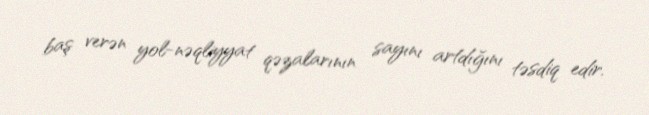
baş verən yol-nəqliyyat qəzalarının sayını artdığını təsdiq edir.